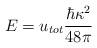
LaTeX: \begin{align*}E={u_{tot}}\frac{\hbar\kappa ^{2}}{48 \pi}\end{align*}